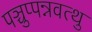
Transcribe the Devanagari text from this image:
पञ्चुप्पन्नवत्थु